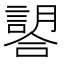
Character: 𧫈